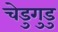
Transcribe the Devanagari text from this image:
चेडुगुडु